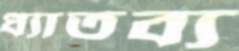
ধ্যাতব্য